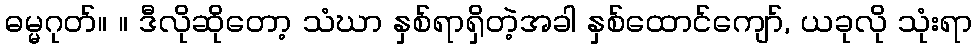
ဓမ္မဂုတ်။ ။ ဒီလိုဆိုတော့ သံဃာ နှစ်ရာရှိတဲ့အခါ နှစ်ထောင်ကျော်, ယခုလို သုံးရာ